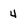
Character: 4